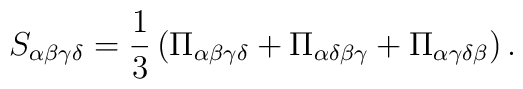
S_{\alpha \beta \gamma \delta} = \frac{1}{3} \left( \Pi_{\alpha \beta \gamma    \delta}+\Pi_{\alpha \delta \beta \gamma}+\Pi_{\alpha \gamma \delta    \beta} \right).